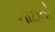
નાઇતો